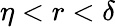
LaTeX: \eta<r<\delta